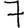
Digit: 7